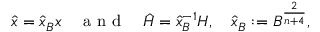
\hat { x } = \hat { x } _ { B } x \quad \mathrm { ~ a ~ n ~ d ~ } \quad \hat { H } = \hat { x } _ { B } ^ { - 1 } H , \quad \hat { x } _ { B } : = B ^ { \frac { 2 } { n + 4 } } ,